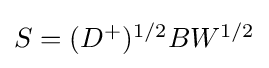
{\textstyle S=(D^{+})^{1/2}BW^{{1}/{2}}}